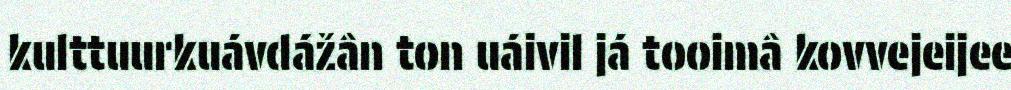
kulttuurkuávdážân ton uáivil já tooimâ kovvejeijee